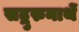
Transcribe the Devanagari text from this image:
सद्गुरुनाथें